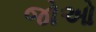
જોઓ